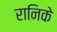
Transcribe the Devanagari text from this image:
रानिके